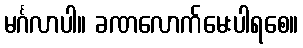
မင်္ဂလာပါ။ ခဏလောက်မေးပါရစေ။